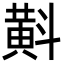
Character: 斢